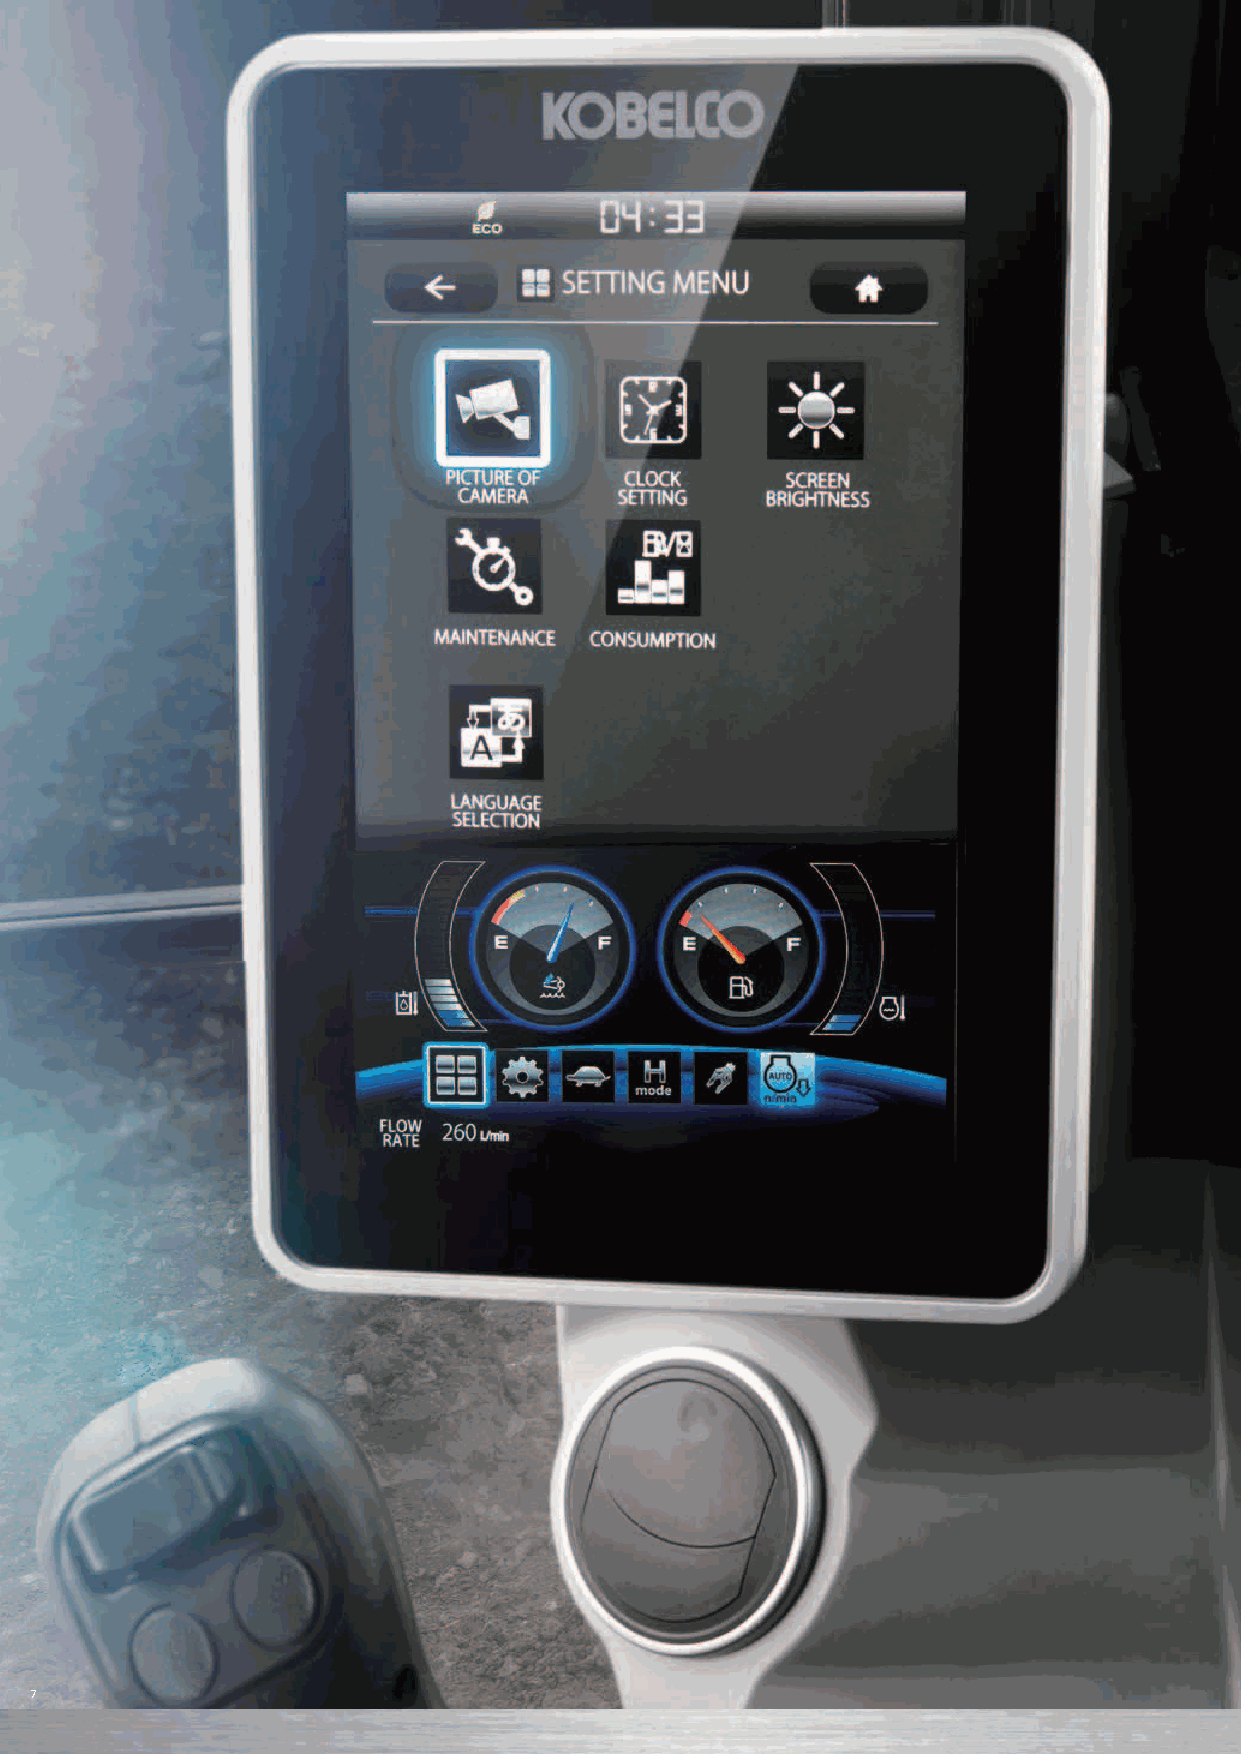
A  WIDER       VIEW     BRINGS
 A  WIDER       RANGE       OF   USE
 10-inch colour monitor—the largest in the industry
 The easy-to-operate menu screen facilitates easy reading and navigation. Images from
 the built-in cameras can be checked on the large screen, which helps to improve safety.
 In addition, each icon is easily recognisable.
 The right camera and rear
 camera (right side view mode)
 The right camera and rear
 camera (straight view mode)
 The right camera and rear camera (right side view mode)
 The right camera and rear camera (straight view mode)
 SAFETY ON FULL DISPLAY
 Our high-resolution, large display shows right, left and rear side cameras
 together. Multiple camera modes allow operators to customize their
 display based on their needs to enhance awareness and jobsite safety.
 Screen display linked with the jog
 dial operation
 The jog dial provides simple and intuitive
 control of all display screens. Turn the jog
 dial to the right or left to select an item
 and press the dial to confirm the
 selection.
 7                                                                                                                                                               8